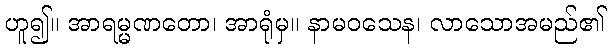
ဟူ၍။ အာရမ္မဏတော၊ အာရုံမှ။ နာမဝသေန၊ လာသောအမည်၏